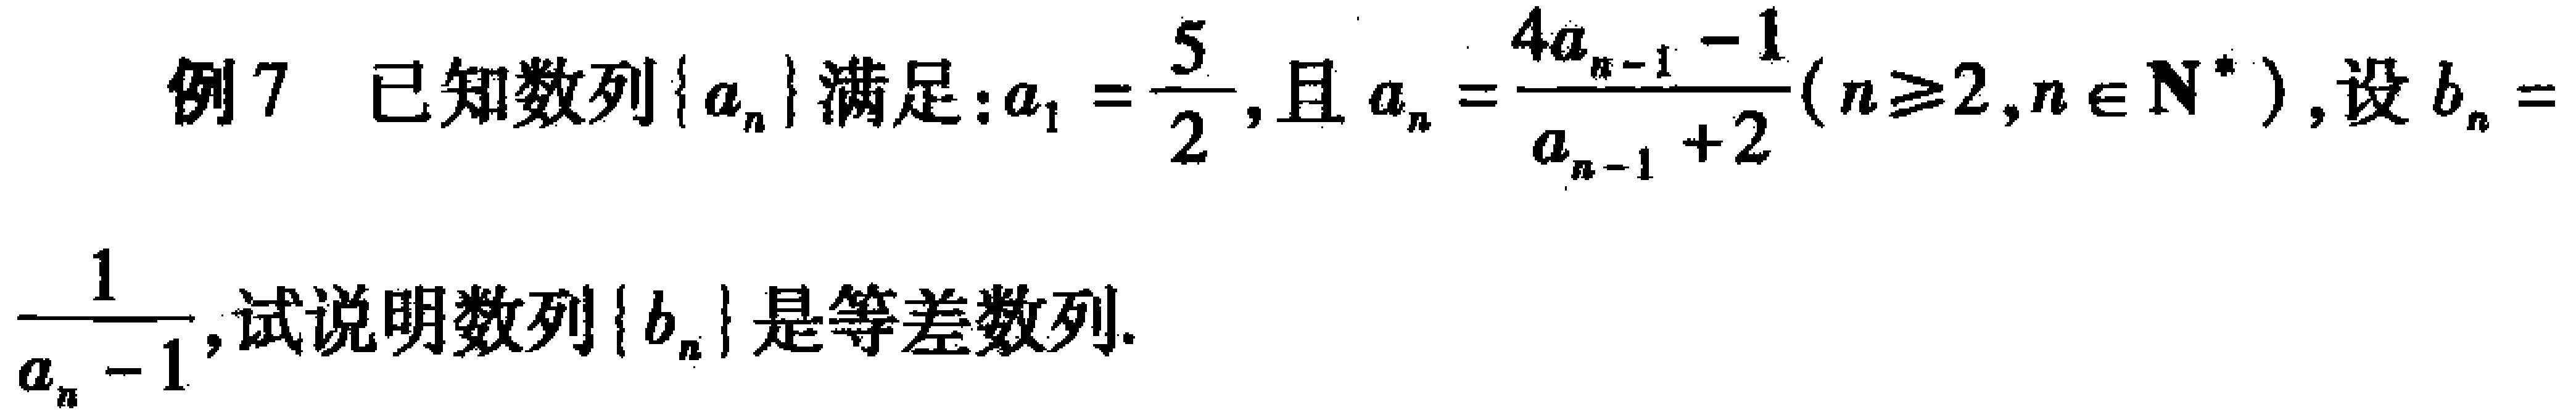
例7 已知数列\(\{ a_{n}\}\)满足：\(a_{1}=\frac{5}{2}\)，且\(a_{n}=\frac{4a_{n - 1}-1}{a_{n - 1}+2}(n\geq2,n\in\mathbf{N}^{*})\)，设\(b_{n}=\frac{1}{a_{n}-1}\)，试说明数列\(\{ b_{n}\}\)是等差数列.